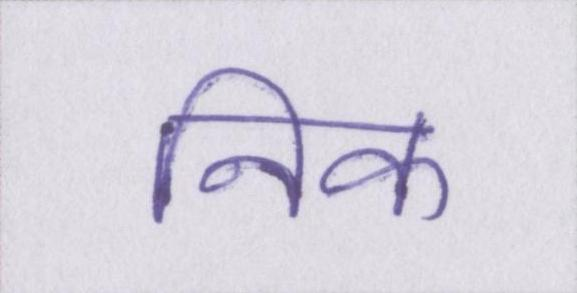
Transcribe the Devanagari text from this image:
निक